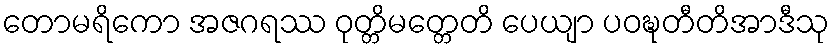
တောမရိကော အဇဂရဿ ဝုတ္တိမတ္တေတိ ပေယျာ ပဝဍ္ဎတီတိအာဒီသု